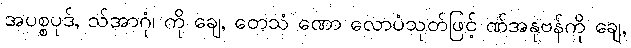
အပစ္စပုဒ်, သ်အာဂုံ၊ ကို ချေ, တေသံ ဏော လောပံသုတ်ဖြင့် ဏ်အနုဗန်ကို ချေ,